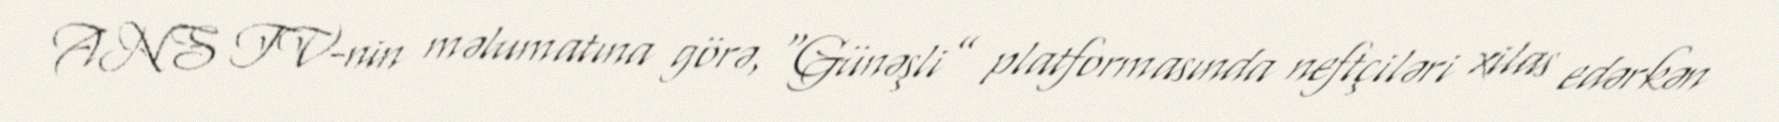
ANS TV-nin məlumatına görə, “Günəşli” platformasında neftçiləri xilas edərkən